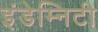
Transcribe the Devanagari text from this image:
इंडेम्निटी